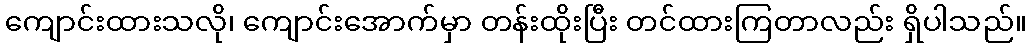
ကျောင်းထားသလို၊ ကျောင်းအောက်မှာ တန်းထိုးပြီး တင်ထားကြတာလည်း ရှိပါသည်။